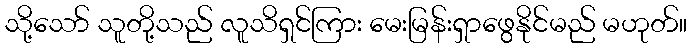
သို့သော် သူတို့သည် လူသိရှင်ကြား မေးမြန်းရှာဖွေနိုင်မည် မဟုတ်။